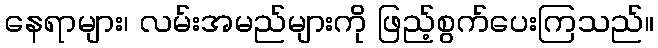
နေရာများ၊ လမ်းအမည်များကို ဖြည့်စွက်ပေးကြသည်။